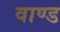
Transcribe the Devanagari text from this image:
वाण्ड